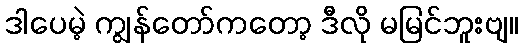
ဒါပေမဲ့ ကျွန်တော်ကတော့ ဒီလို မမြင်ဘူးဗျ။